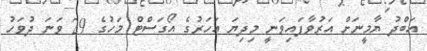
އަބްދު ޔާމީނަށް އަރުވާފައިވަނީ މިދިޔަ އަހަރުގެ އޯގަސްޓް މަހުގެ 29 ވަނަ ދުވަހު